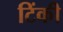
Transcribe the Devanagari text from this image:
टिंकी